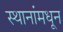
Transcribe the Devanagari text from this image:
स्थानांमधून